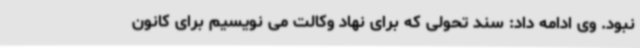
نبود. وی ادامه داد: سند تحولی که برای نهاد وکالت می نویسیم برای کانون